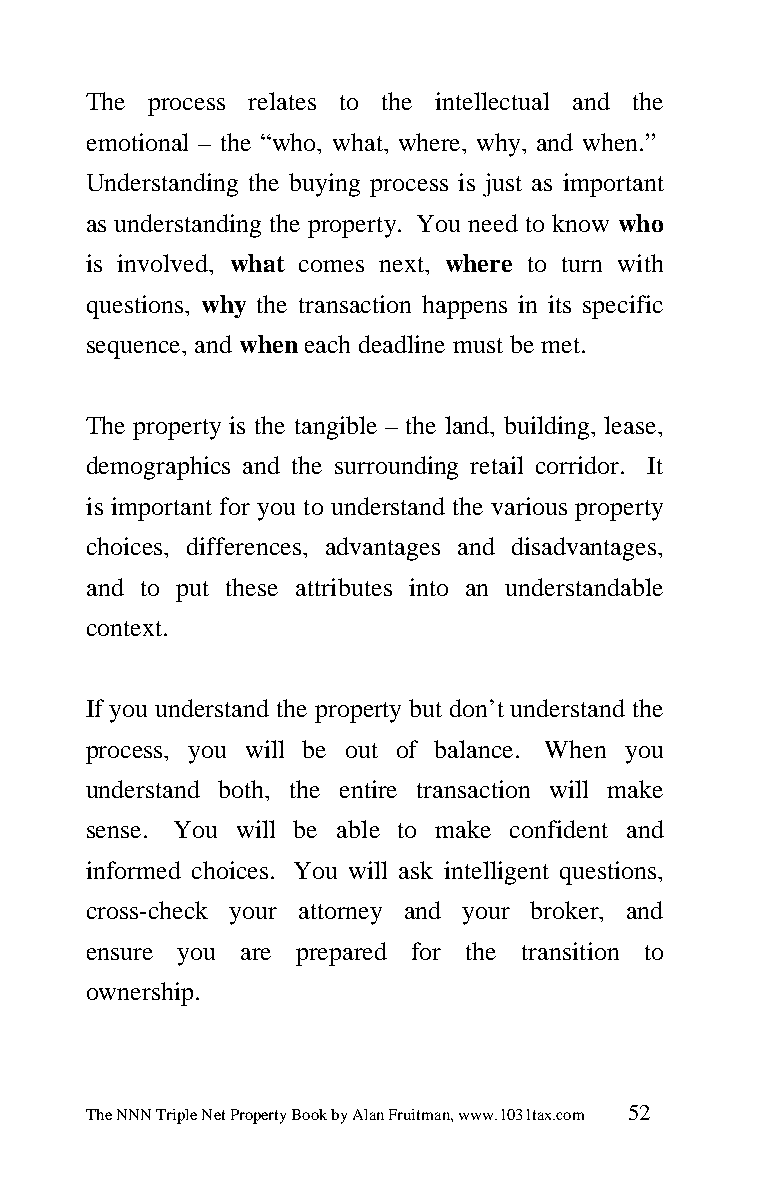
The process relates to the intellectual and the
 emotional – the “who, what, where, why, and when.”
 Understanding the buying process is just as important
 as understanding the property. You need to know who
 is involved, what comes next, where to turn with
 questions, why the transaction happens in its specific
 sequence, and when each deadline must be met.
 The property is the tangible – the land, building, lease,
 demographics and the surrounding retail corridor. It
 is important for you to understand the various property
 choices, differences, advantages and disadvantages,
 and to put these attributes into an understandable
 context.
 If you understand the property but don’t understand the
 process, you will be out of balance. When you
 understand both, the entire transaction will make
 sense. You will be able to make confident and
 informed choices. You will ask intelligent questions,
 cross-check your attorney and your broker, and
 ensure you are prepared for the transition to
 ownership.
 The NNN Triple Net Property Book by Alan Fruitman, www.1031tax.com 52